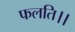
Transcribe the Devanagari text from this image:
फलति।।